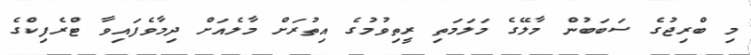
މި ބްރިޖުގެ ސަބަބުން މާލޭގެ މަލަމަތި ރީތިވުމުގެ އިތުރަށް މާލެއަށް ދިމާވެފައިވާ ޓްރެފިކްގެ